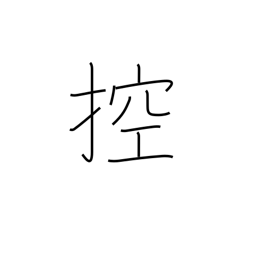
Meaning: draw in